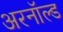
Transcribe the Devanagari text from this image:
अरनॉल्‍ड